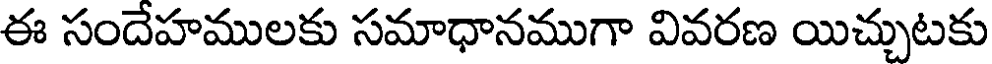
ఈ సందేహములకు సమాధానముగా వివరణ యిచ్చుటకు